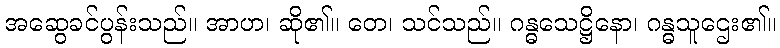
အဆွေခင်ပွန်းသည်။ အာဟ၊ ဆို၏။ တေ၊ သင်သည်။ ဂန္ဓသေဋ္ဌိနော၊ ဂန္ဓသူဌေး၏။